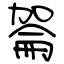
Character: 嗧